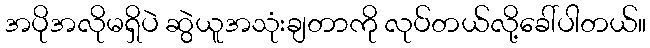
အပိုအလိုမရှိပဲ ဆွဲယူအသုံးချတာကို လုပ်တယ်လို့ခေါ်ပါတယ်။